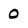
Character: 0